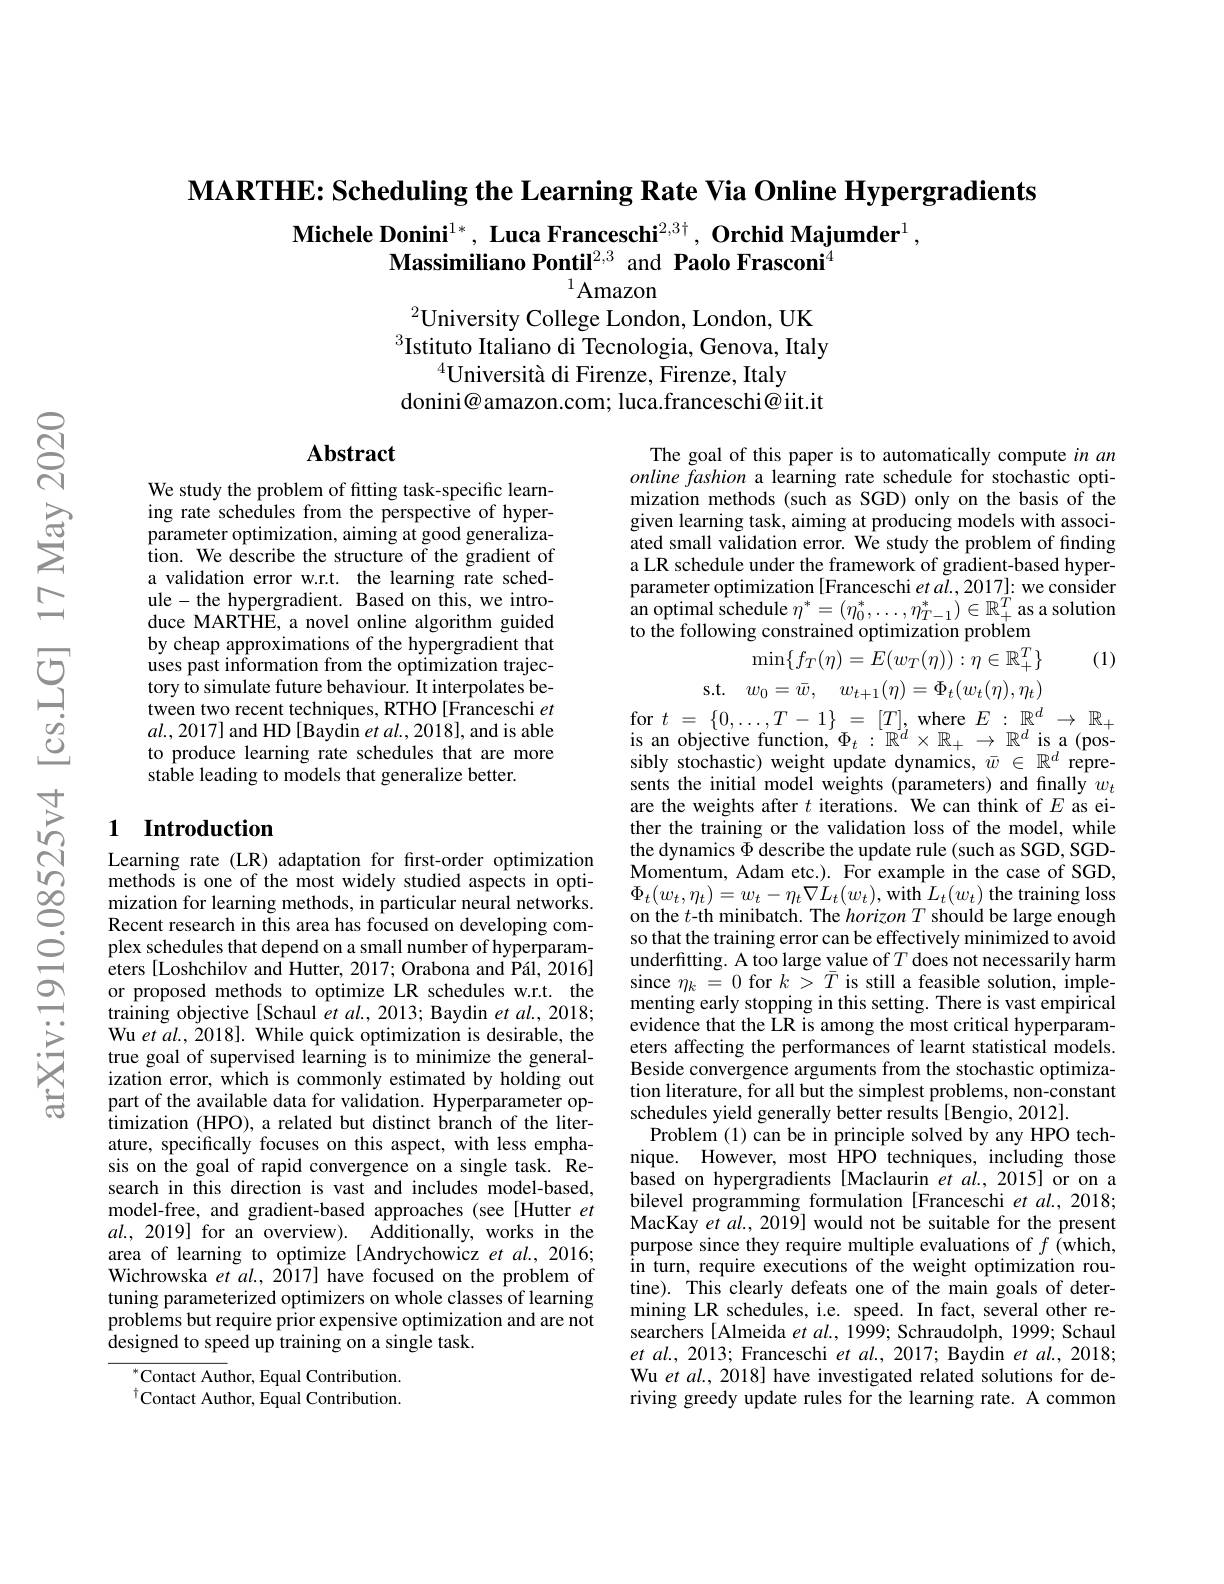
$\textbf{MARTHE: Scheduling the Learning Rate Via Online Hypergradients}$

$\textbf{Michele Donini}^{1*},\textbf{ Luca Franceschi}^{2,3\dagger},\textbf{ Orchid Majumder}^{1}$,
Massimiliano Pontil$^{2,3}$ and Paolo Frasconi$^{4}$
$^{1}$Amazon

$^{2}$University College London, London, UK $^{3}$Istituto Italiano di Tecnologia, Genova, Italy
$^{4}$Università di Firenze, Firenze, Italy
donini@amazon.com; luca.franceschi@iit.it

## $\mathbf{Abstract}$

The goal of this paper is to automatically compute in an online fashion a learning rate schedule for stochastic optimization methods (such as SGD) only on the basis of the given learning task, aiming at producing models with associated small validation error. We study the problem of finding a LR schedule under the framework of gradient-based hyperparameter optimization [Franceschi et a$\tilde{l}.,2017]{:}$ we consider an optimal schedule $\eta^*=(\eta_0^*,\ldots,\eta_{T-1}^*)\in\mathbb{R}_+^T$ as a solution to the following constrained optimization problem
$$\min\{f_{T}(\eta)=\hat{E}(w_{T}(\eta)):\eta\in\mathbb{R}_{+}^{T}\}$$
(1)

We study the problem of fitting task-specific learning rate schedules from the perspective of hyperparameter optimization, aiming at good generaliza- $\hat{\text{tion. We describe the structure of the gradient of}}$ a validation error w.r.t. the learning rate schedule-the hypergradient. Based on this, we introduce MARTHE, a novel online algorithm guided by cheap approximations of the hypergradient that uses past information from the optimization trajectory to simulate future behaviour. It interpolates between two recent techniques, RTHO [Franceschi et $al.,2017]$ and HD [Baydin et al., 2018], and is able to produce learning rate schedules that are more stable leading to models that generalize better.

s.t. (
$$w_0=\bar{w},\quad w_{t+1}(\eta)=\Phi_t(w_t(\eta),\eta_t)$$
### 1 Introduction

$\begin{array}{l}\mathrm{for~}t&=\{0,\ldots,T-1\}=[T],\mathrm{~where~}E:\mathbb{R}^d\to\mathbb{R}_+\\\mathrm{is~an~objective~function,~}\Phi_t:\mathbb{R}^d\times\mathbb{R}_+\to\mathbb{R}^d\mathrm{~is~a~(pos-}\\\mathrm{sibly~stochastic)~weight~update~dynamics,~}\bar{w}\in\mathbb{R}^d\mathrm{~repre-}\end{array}$ sents the initial model weights (parameters) and finally $w_{t}$ are the weights after $t$ iterations. We can think of $E$ as either the training or the validation loss of the model, while the dynamics $\Phi$ describe the update rule (such as SGD, SGDMomentum, Adam etc.). For example in the case of SGD, $\begin{array}{l}{\Phi_{t}(w_{t},\eta_{t})=w_{t}-\eta_{t}\nabla L_{t}(w_{t}),\mathrm{with}\:L_{t}(w_{t})\:\mathrm{the~training~loss}}\\{\mathrm{on~the~}t\text{-th minibatch. The }horizon\:T\:\mathrm{should~be~large~enough}}\end{array}$ so that the training error can be effectively minimized to avoid underfitting. A too large value of $T$ does not necessarily harm since $\eta_{k}=0$ for $k>\bar{T}$ is still a feasible solution, implementing early stopping in this setting. There is vast empirical evidence that the LR is among the most critical hyperparameters affecting the performances of learnt statistical models. Beside convergence arguments from the stochastic optimization literature, for all but the simplest problems, non-constant schedules yield generally better results [Bengio, 2012]
Problem (1) can be in principle solved by any HPO technique. However, most HPO techniques, including those based on hypergradients [Maclaurin $etal.,2015]$ or on a bilevel programming formulation [Franceschi et $al.,2018;$ MacKay et al., 2019] would not be suitable for the present purpose since they require multiple evaluations of $f$ (which, in turn, require executions of the weight optimization routine). This clearly defeats one of the main goals of determining LR schedules, i.e. speed. In fact, several other researchers [ Almeida et al., 1999; Schraudolph, 1999; Schaul $et$ $al. $, 2013; Franceschi $et$ $al. $, 2017; Baydin $et$ $al. $, 2018; Wu et al., 2018] have investigated related solutions for deriving greedy update rules for the learning rate. A common

Learning rate (LR) adaptation for frst-order optimization methods is one of the most widely studied aspects in optimization for learning methods, in particular neural networks. Recent research in this area has focused on developing complex schedules that depend on a small number of hyperparameters [Loshchilov and Hutter, 2017; Orabona and Pál, 2016] or proposed methods to optimize LR schedules w.r.t. the training objective [Schaul et al., 2013; Baydin et al., 2018; Wu et al., 2018]. While quick optimization is desirable, the true goal of supervised learning is to minimize the generalization error, which is commonly estimated by holding out part of the available data for validation. Hyperparameter optimization (HPO), a related but distinct branch of the literature, specifically focuses on this aspect, with less emphasis on the goal of rapid convergence on a single task. Research in this direction is vast and includes model-based, model-free, and gradient-based approaches (see [Hutter et $al.,2019]$ for an overview). Additionally, works in the area of learning to optimize [Andrychowicz et al., 2016; Wichrowska et al., 2017] have focused on the problem of tuning parameterized optimizers on whole classes of learning problems but require prior expensive optimization and are not designed to speed up training on a single task.

$^{*}$Contact Author, Equal Contribution. $^{\dagger}$Contact Author, Equal Contribution.